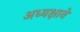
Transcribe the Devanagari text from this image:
अध्यक्षाने